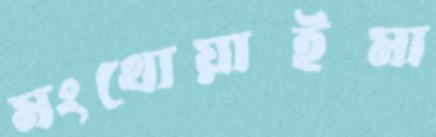
মংথোয়াইমা